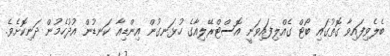
ބެލެވިފައިވާ ގޮތުގައި ބޯޓް ގެއްލިފައިވަނީ އޮސްޓްރޭލިއާގެ ހުޅަނގުން އިންޑިއާ ކަނޑުން އުދުހެމުން ދަނިކޮށެވެ.